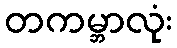
တကမ္ဘာလုံး